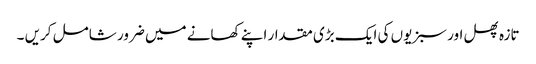
تازہ پھل اور سبزیوں کی ایک بڑی مقدار اپنے کھانے میں ضرور شامل کریں ۔